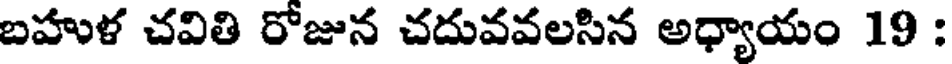
బహుళ చవితి రోజున చదువవలసిన అధ్యాయం 19 :